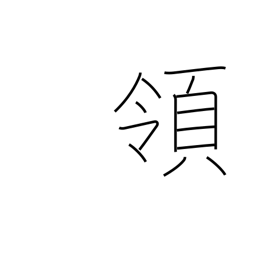
Meaning: reign